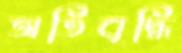
অতিবৃদ্ধি